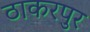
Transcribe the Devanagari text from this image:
ठाकरपुर